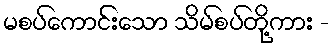
မစပ်ကောင်းသော သိမ်စပ်တို့ကား -